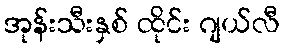
အုန်းသီးနှစ် ထိုင်း ဂျယ်လီ